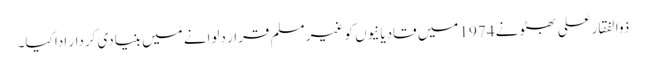
ذوالفقارعلی بھٹو نے 1974 میں قادیانیوں کو غیر مسلم قرار دلوانے میں بنیادی کردار ادا کیا۔